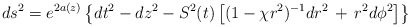
\begin{align*}ds^{2} = e^{2a(z)}\left\{ dt^{2} - dz^{2} - S^{2}(t) \left[ (1 - {\chi}r^{2})^{-1}dr^{2} \,+\, r^{2}d{\phi}^{2}\right]\right\}\end{align*}